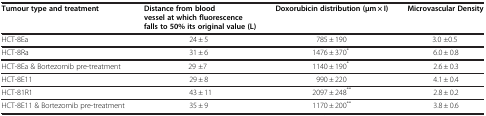
| Tumour type and treatment | Distance from blood vessel at which fluorescence falls to 50% its original value (L) | Doxorubicin distribution (μm × I) | Microvascular Density |
 | --- | --- | --- | --- |
 | HCT-8Ea | 24 ± 5 | 785 ± 190 | 3.0 ±0.5 |
 | HCT-8Ra | 31 ± 6 | 1476 ± 370* | 6.0 ± 0.8 |
 | HCT-8Ea & Bortezomib pre-treatment | 29 ±7 | 1140 ± 190* | 2.6 ± 0.3 |
 | HCT-8E11 | 29 ± 8 | 990 ± 220 | 4.1 ± 0.4 |
 | HCT-81R1 | 43 ± 11 | 2097 ± 248** | 2.8 ± 0.2 |
 | HCT-8E11 & Bortezomib pre-treatment | 35 ± 9 | 1170 ± 200** | 3.8 ± 0.6 |